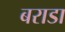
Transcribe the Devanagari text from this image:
बराडा